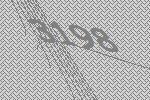
3198